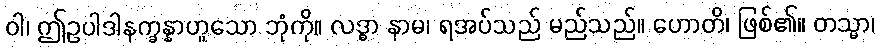
ဝါ၊ ဤဥပါဒါနက္ခန္နာဟူသော ဘုံကို။ လဒ္ဓာ နာမ၊ ရအပ်သည် မည်သည်။ ဟောတိ၊ ဖြစ်၏။ တသ္မာ၊